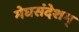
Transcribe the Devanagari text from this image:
मेघसंदेशम्